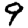
Digit: 9